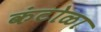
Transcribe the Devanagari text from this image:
कंटोळा